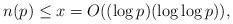
LaTeX: \begin{align*}n(p)\leq x=O((\log p)(\log \log p)), \end{align*}